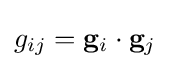
g_{ij}=\mathbf {g} _{i}\cdot \mathbf {g} _{j}